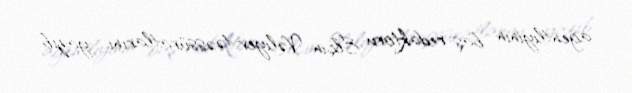
agentliyinin baş redaktoru Elçin Vəliyev təəssüratlarını yazıb.